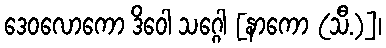
ဒေဝလောကော ဒိဝေါ သဂ္ဂေါ [နာကော (သီ.)]၊